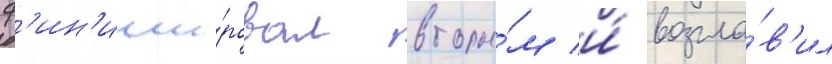
ф'ин'иши́ровал вторы́м и́ возгла́в'ил